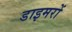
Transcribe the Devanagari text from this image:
डाइमरों